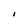
Character: I